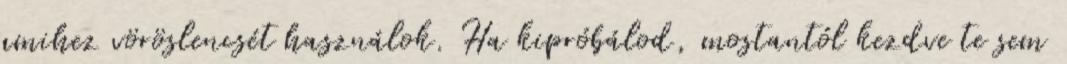
amihez vöröslencsét használok. Ha kipróbálod, mostantól kezdve te sem